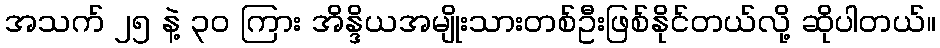
အသက် ၂၅ နဲ့ ၃၀ ကြား အိန္ဒိယအမျိုးသားတစ်ဦးဖြစ်နိုင်တယ်လို့ ဆိုပါတယ်။